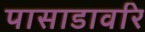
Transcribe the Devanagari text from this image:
पासाडावरि